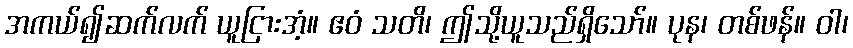
အကယ်၍ဆက်လက် ယူငြားအံ့။ ဧဝံ သတိ၊ ဤသို့ယူသည်ရှိသော်။ ပုန၊ တစ်ဖန်။ ဝါ၊